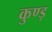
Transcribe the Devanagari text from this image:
कुण्ड़